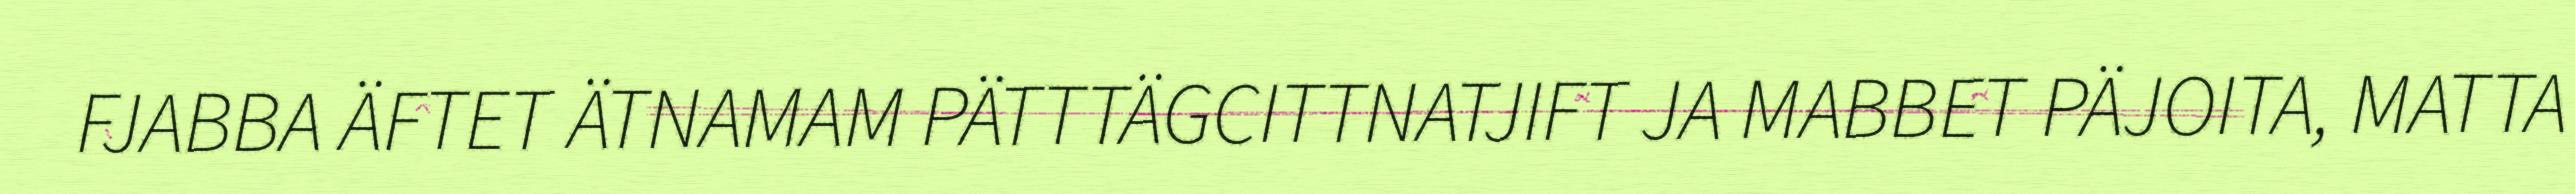
FJABBA ÄFTET ÄTNAMAM PÄTTTÄGCITTNATJIFT JA MABBET PÄJOITA, MATTA